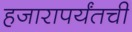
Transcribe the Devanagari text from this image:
हजारापर्यंतची